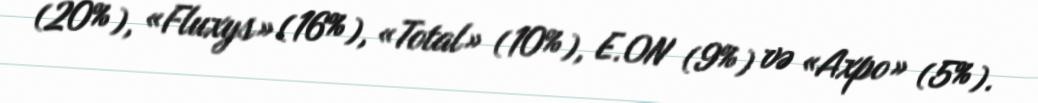
(20%), «Fluxys» (16%), «Total» (10%), E.ON (9%) və «Axpo» (5%).